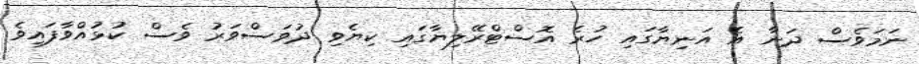
ނަމަވެސް ދަނާ އެ އަނިޔާގައި ހުރެ އޮސްޓްރޭލިޔާގައި ކިޔެވި ދުވަސްވަރު ވެސް ކުޅުއްވާފައިވެ